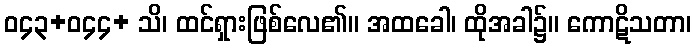
ဝ၄၃+ဝ၄၄+ သိ၊ ထင်ရှားဖြစ်လေ၏။ အထခေါ၊ ထိုအခါ၌။ ကောဋိသတာ၊